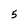
Character: 5